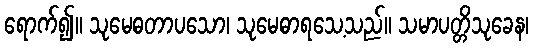
ရောက်၍။ သုမေဓတာပသော၊ သုမေဓာရသေ့သည်။ သမာပတ္တိသုခေန၊